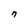
Character: n